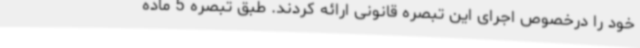
خود را درخصوص اجرای این تبصره قانونی ارائه کردند. طبق تبصره 5 ماده